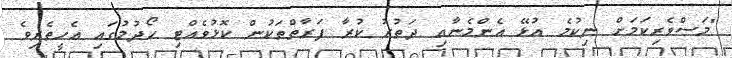
"މަސްވެރިކަމަށް ނިކުމެ އުޅޭ އެންމެނާއި ދަތުރު ކުރާ ފަރާތްތަކުން ކޮޅުވެއްޓި ހޯދުމުގައި އެހީތެރިވެ